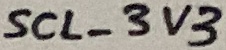
Text: SCL_3V3